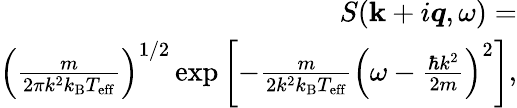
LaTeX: \begin{array}{r}{S({\mathbf k}+i\mathbfit{q},\omega)=}\\ {\left(\frac{m}{2\pi k^{2}k_{\mathrm{B}}T_{\mathrm{eff}}}\right)^{1/2}\exp\left[-\frac{m}{2k^{2}k_{\mathrm{B}}T_{\mathrm{eff}}}\left(\omega-\frac{\hbar k^{2}}{2m}\right)^{2}\right],}\end{array}